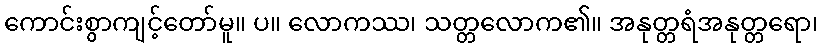
ကောင်းစွာကျင့်တော်မူ။ ပ။ လောကဿ၊ သတ္တလောက၏။ အနုတ္တရံအနုတ္တရော၊